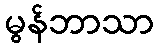
မွန်ဘာသာ